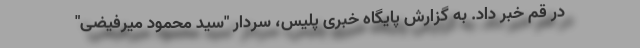
در قم خبر داد. به گزارش پایگاه خبری پلیس، سردار "سید محمود میرفیضی"